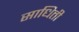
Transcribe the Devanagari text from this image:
साधिती